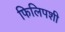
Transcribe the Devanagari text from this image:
फिलिपशी